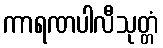
ကာရဏပါလီသုတ္တံ